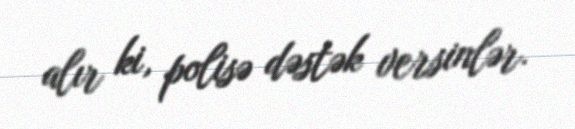
alır ki, polisə dəstək versinlər.